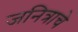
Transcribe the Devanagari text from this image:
जनित्राचे